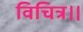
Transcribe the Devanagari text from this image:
विचित्र।।